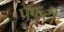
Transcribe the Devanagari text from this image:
प्रफटी